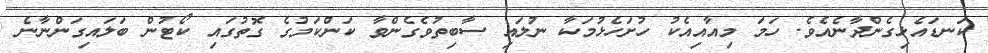
ކަނޑައެޅިގެންދާނެއެވެ. ހަމަ މިއާއިއެކު ހުށަހެޅުމަކާ ނުލައި ސާބިތުވެގެންވާ ކަންކަމުގެ ގޮތުގައި ކޯޓުން ބަލައިގަންނާނެ